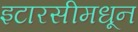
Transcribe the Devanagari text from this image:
इटारसीमधून